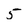
Character: 5